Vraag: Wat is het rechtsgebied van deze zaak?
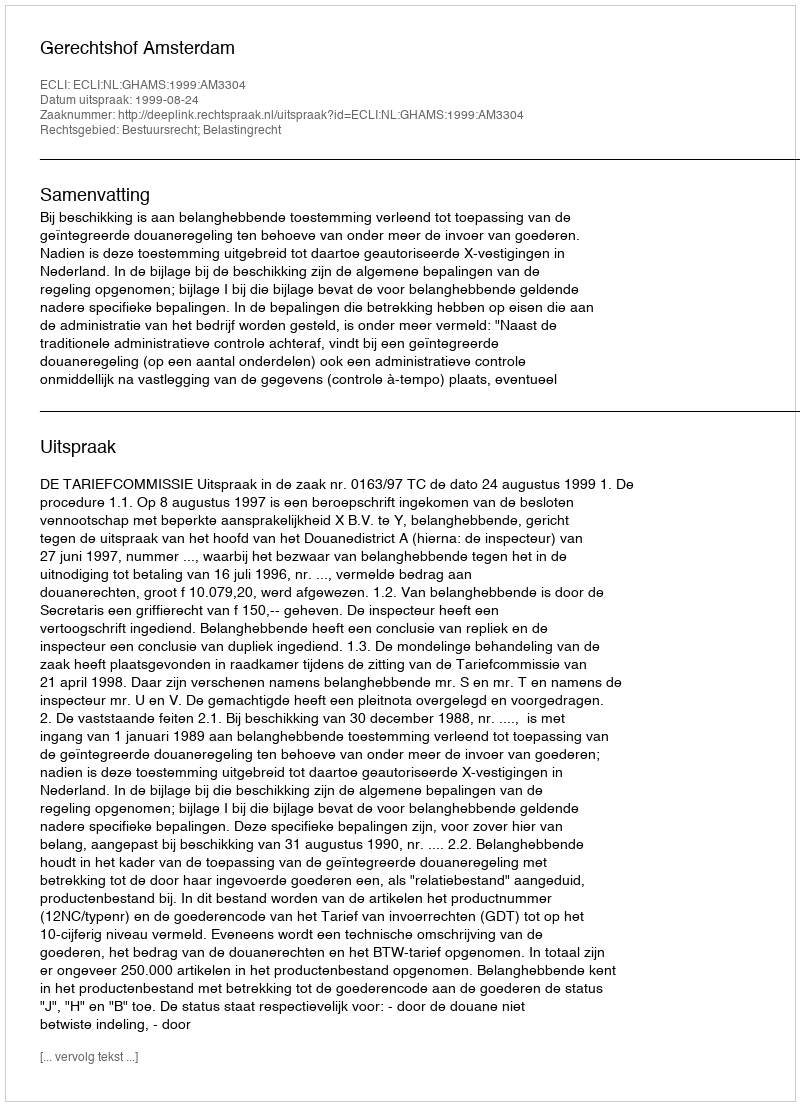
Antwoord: Bestuursrecht; Belastingrecht